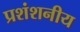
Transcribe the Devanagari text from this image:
प्रशंशनीय